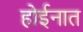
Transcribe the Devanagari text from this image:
होईनात